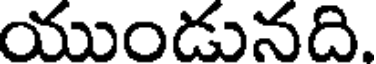
యుండునది.